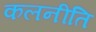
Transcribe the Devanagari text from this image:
कलनीति